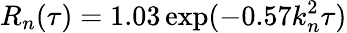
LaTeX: R_{n}(\tau)=1.03\exp(-0.57k_{n}^{2}\tau)